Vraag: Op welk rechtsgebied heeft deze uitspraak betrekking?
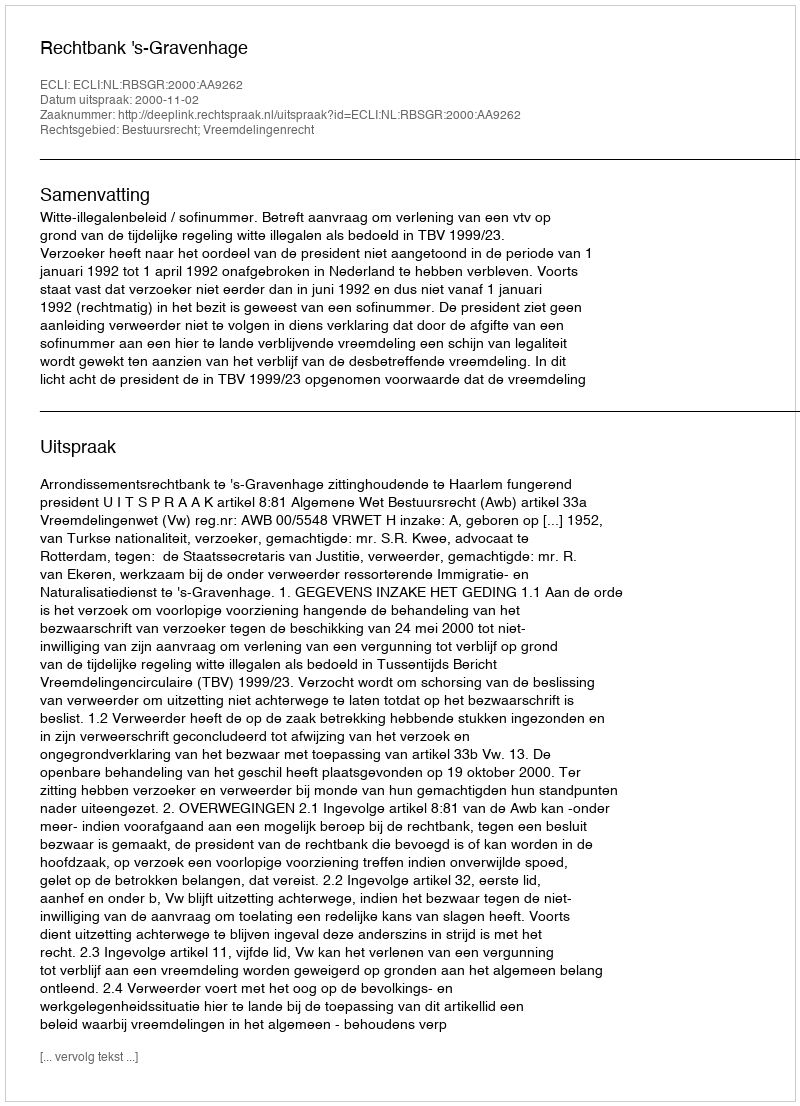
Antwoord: Bestuursrecht; Vreemdelingenrecht